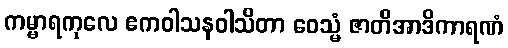
ကမ္မာရကုလေ ဧကဝါသနဝါသိတာ ဝေသ္မံ ဇာတိအာဒိကာရဏံ